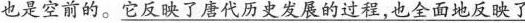
也是空前的。\underline{它反映了唐代历史发展的过程，也全面地反映了}